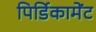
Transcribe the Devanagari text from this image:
पिर्डिकामेंट